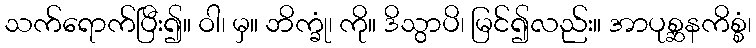
သက်ရောက်ပြီး၍။ ဝါ၊ မှ။ ဘိက္ခုံ၊ ကို။ ဒိသွာပိ၊ မြင်၍လည်း။ အာပုစ္ဆနကိစ္စံ၊